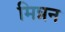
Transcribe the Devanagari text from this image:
मिन्नन